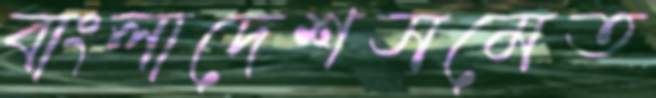
বাংলাদেশসমেত